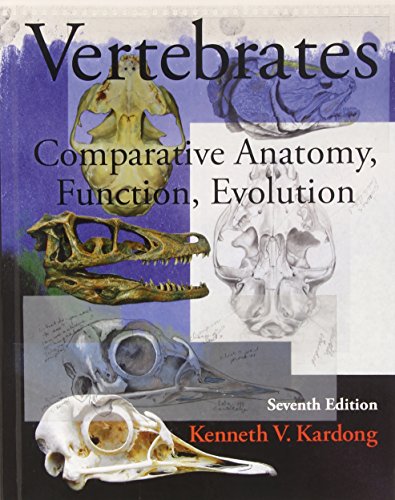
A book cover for Vertebrates: Comparative Anatomy, Function, Evolution; Kenneth Kardong; Science & Math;